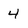
Character: 4